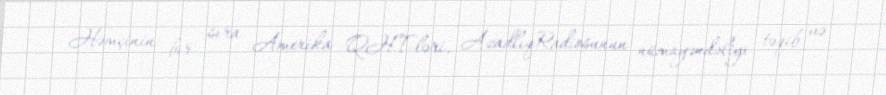
Həmçinin bir sıra Amerika QHT-ləri, AzadlıqRadiosunun nümayəndəliyi təqib və